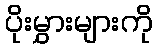
ပိုးမွှားများကို